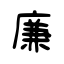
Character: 廉